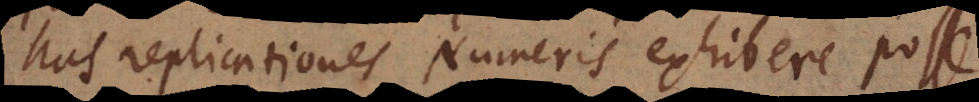
has replicationes Numeris exhibere posse.